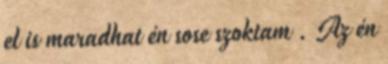
el is maradhat én sose szoktam . Az én